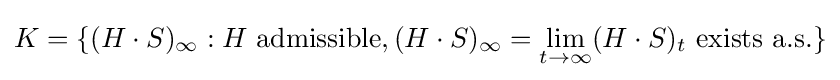
K=\{(H\cdot S)_{\infty }:H{\text{ admissible}},(H\cdot S)_{\infty }=\lim _{t\to \infty }(H\cdot S)_{t}{\text{ exists a.s.}}\}